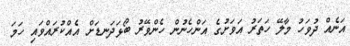
އަނެއް ދުވަހު މާލޭ ހަތަރު އަވަށުގެ އަންހެނުން ހެންވޭރު ބޯޅަދަނޑަށް އެއްކުރައްވައި ހަމަ